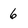
Character: 6